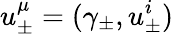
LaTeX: u_{\pm}^{\mu}=(\gamma_{\pm},u_{\pm}^{i})